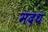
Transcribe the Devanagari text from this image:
मदथ